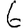
Digit: 6